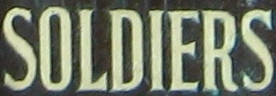
SOLDIERS